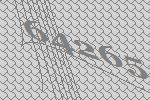
64265